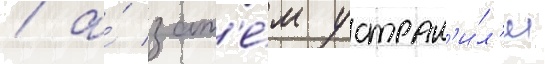
/ а́ зат'е́м устран'и́л'и